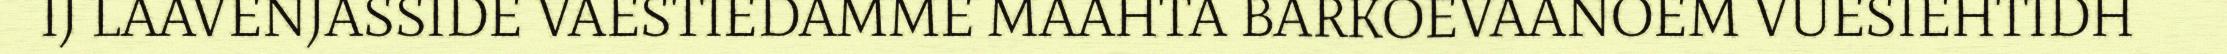
IJ LAAVENJASSIDE VAESTIEDAMME MAAHTA BARKOEVAANOEM VUESIEHTIDH